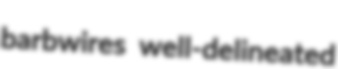
barbwires well-delineated